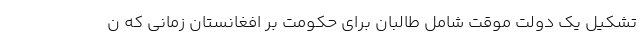
تشکیل یک دولت موقت شامل طالبان برای حکومت بر افغانستان زمانی که ن